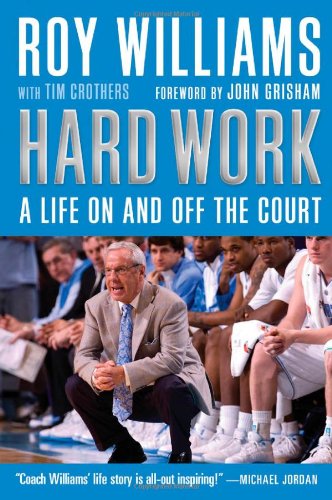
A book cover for Hard Work: A Life On and Off the Court; Roy Williams; Sports & Outdoors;